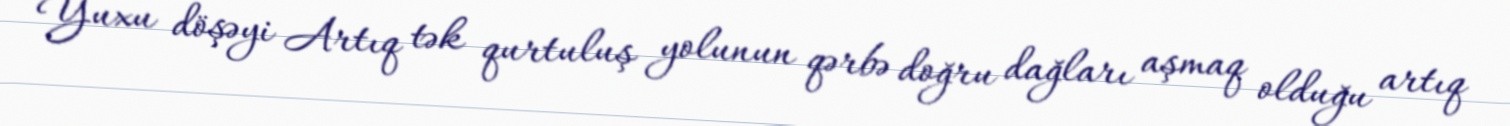
Yuxu döşəyi Artıq tək qurtuluş yolunun qərbə doğru dağları aşmaq olduğu artıq